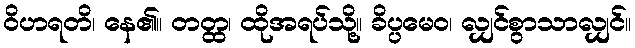
ဝိဟရတိ၊ နေ၏။ တတ္ထ၊ ထိုအရပ်သို့။ ခိပ္ပမေဝ၊ လျှင်စွာသာလျှင်။